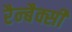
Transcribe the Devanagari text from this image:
रैन्बैक्सी